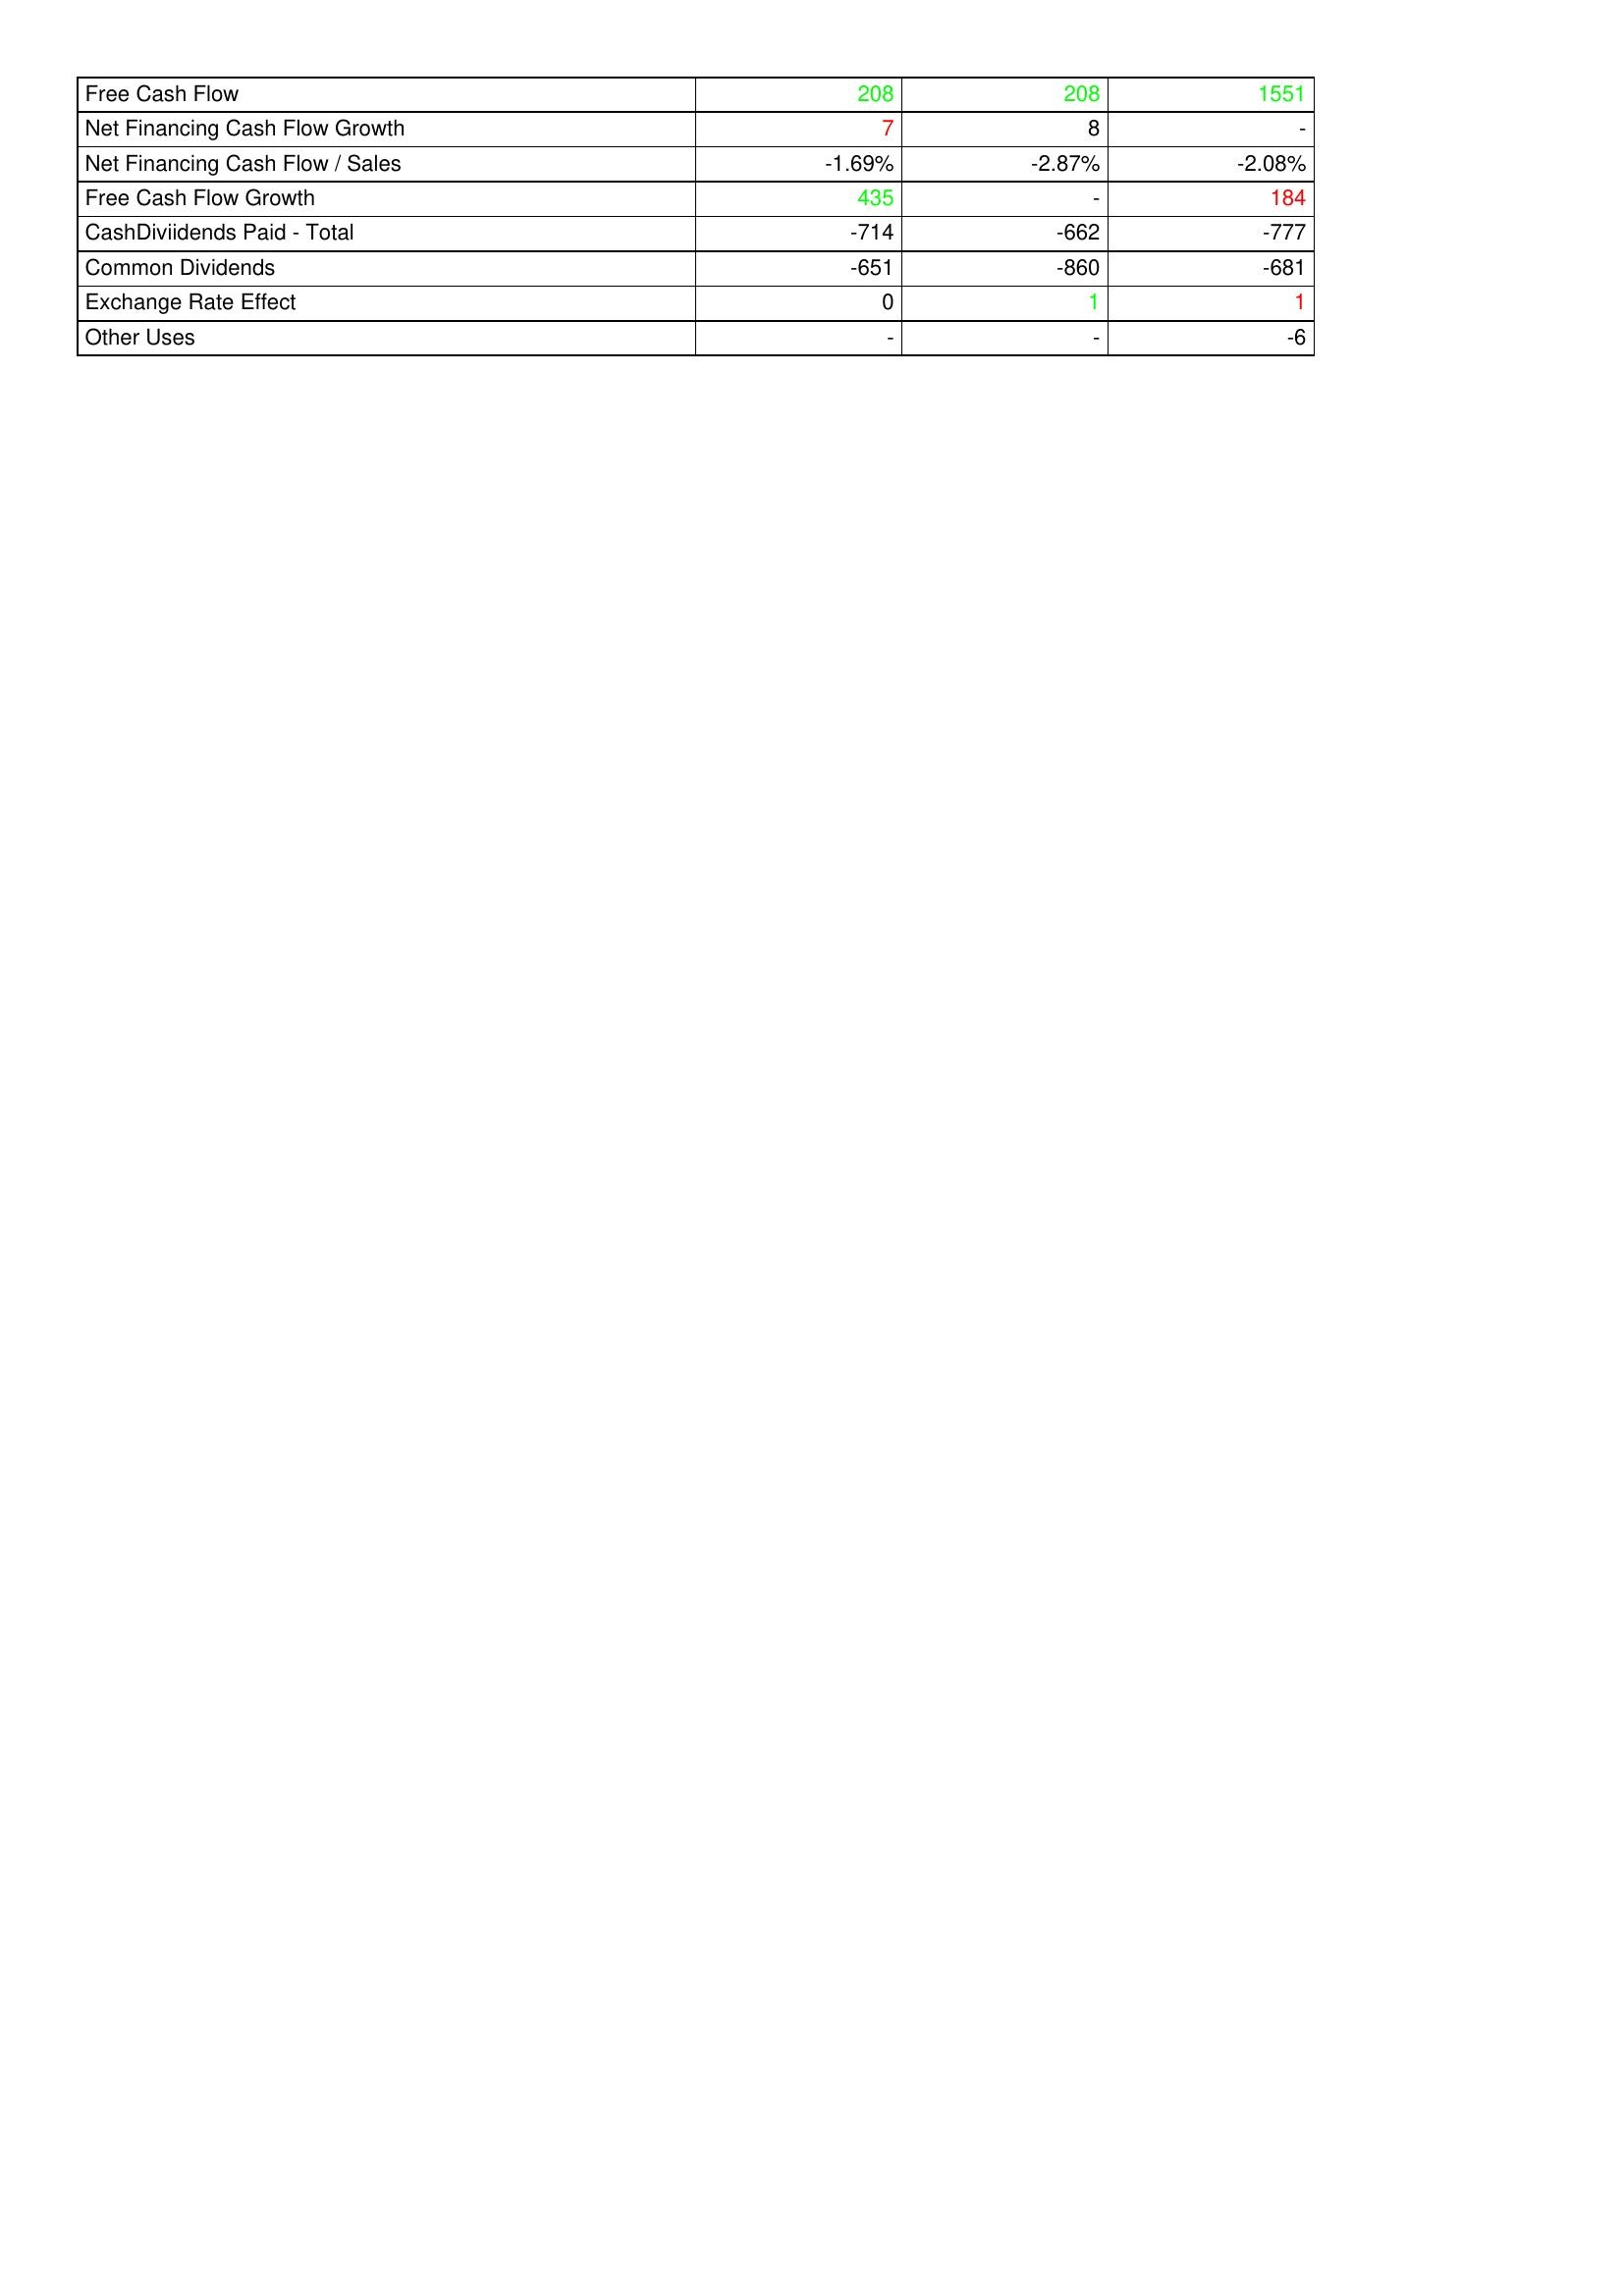
gt_parse: 2005: Financing Activities: Free Cash Flow: 208
Net Financing Cash Flow Growth: 7
Net Financing Cash Flow / Sales: -1.69%
Free Cash Flow Growth: 435
CashDiviidends Paid - Total: -714
Common Dividends: -651
Exchange Rate Effect: 0
Other Uses: -
2004: Financing Activities: Free Cash Flow: 208
Net Financing Cash Flow Growth: 8
Net Financing Cash Flow / Sales: -2.87%
Free Cash Flow Growth: -
CashDiviidends Paid - Total: -662
Common Dividends: -860
Exchange Rate Effect: 1
Other Uses: -
2003: Financing Activities: Free Cash Flow: 1551
Net Financing Cash Flow Growth: -
Net Financing Cash Flow / Sales: -2.08%
Free Cash Flow Growth: 184
CashDiviidends Paid - Total: -777
Common Dividends: -681
Exchange Rate Effect: 1
Other Uses: -6